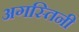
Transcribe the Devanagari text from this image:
अगस्तिनी